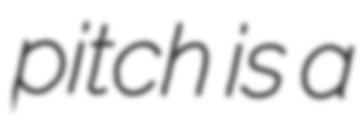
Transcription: pitch is a